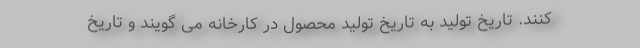
کنند. تاریخ تولید به تاریخ تولید محصول در کارخانه می گویند و تاریخ